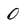
Character: 0